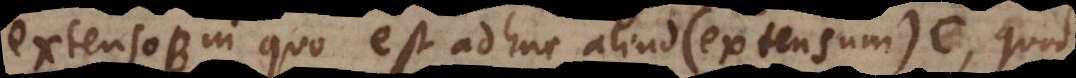
extenso B, in quo est adhuc aliud (extensum) C, quod